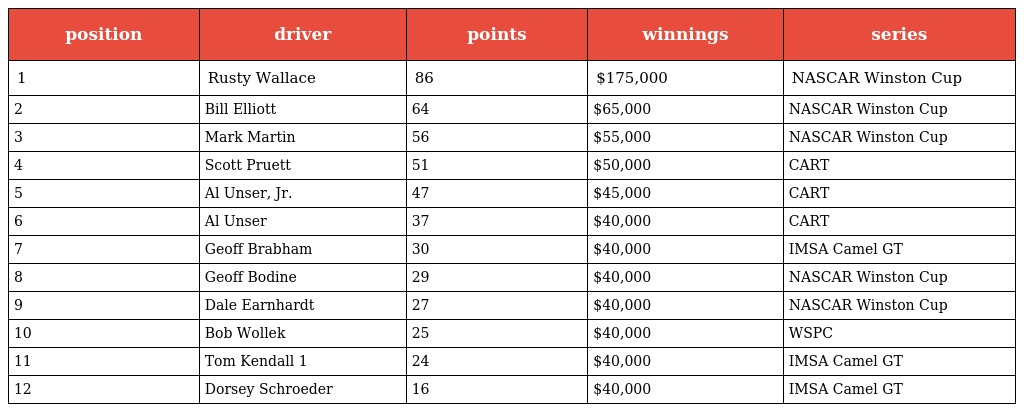
| position | driver | points | winnings | series |
 | --- | --- | --- | --- | --- |
 | 1 | Rusty Wallace | 86 | $175,000 | NASCAR Winston Cup |
 | 2 | Bill Elliott | 64 | $65,000 | NASCAR Winston Cup |
 | 3 | Mark Martin | 56 | $55,000 | NASCAR Winston Cup |
 | 4 | Scott Pruett | 51 | $50,000 | CART |
 | 5 | Al Unser, Jr. | 47 | $45,000 | CART |
 | 6 | Al Unser | 37 | $40,000 | CART |
 | 7 | Geoff Brabham | 30 | $40,000 | IMSA Camel GT |
 | 8 | Geoff Bodine | 29 | $40,000 | NASCAR Winston Cup |
 | 9 | Dale Earnhardt | 27 | $40,000 | NASCAR Winston Cup |
 | 10 | Bob Wollek | 25 | $40,000 | WSPC |
 | 11 | Tom Kendall 1 | 24 | $40,000 | IMSA Camel GT |
 | 12 | Dorsey Schroeder | 16 | $40,000 | IMSA Camel GT |